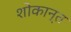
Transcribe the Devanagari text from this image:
शोकान्‍त